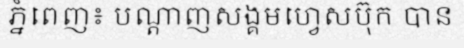
ភ្នំពេញ៖ បណ្តាញសង្គមហ្វេសប៊ុក បាន